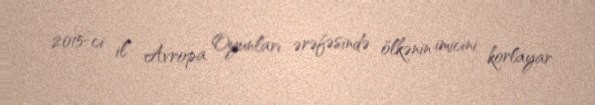
2015-ci il Avropa Oyunları ərəfəsində ölkənin imicini korlayar.